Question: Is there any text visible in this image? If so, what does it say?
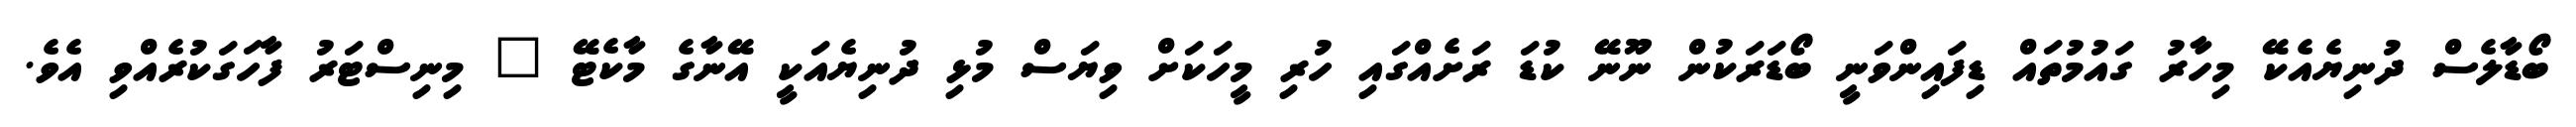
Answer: ބޯޑާލެސް ދުނިޔެއެކޭ މިހާރު ގައުމުތައް ޑިފައިންވަނީ ބޯޑަރަކުން ނޫނޭ ކުޑަ ރަށެއްގައި ހުރި މީހަކަށް ވިޔަސް މުޅި ދުނިޔެއަކީ އޭނާގެ މާކެޓޭ " މިނިސްޓަރު ފާހަގަކުރެއްވި އެވެ.